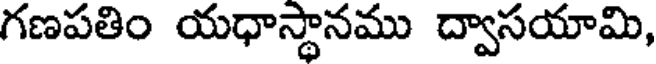
గణపతిం యధాస్థానము ద్వాసయామి,